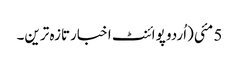
5 مئی(اُردو پوائنٹ اخبارتازہ ترین۔